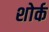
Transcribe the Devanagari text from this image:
शोर्क